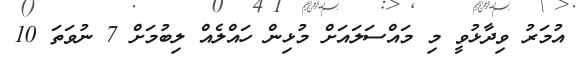
އުމަރު ވިދާޅުވީ މި މައްސަލައަށް މުޅިން ހައްލެއް ލިބުމަށް 7 ނުވަތަ 10